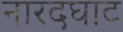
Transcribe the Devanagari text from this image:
नारदघाट